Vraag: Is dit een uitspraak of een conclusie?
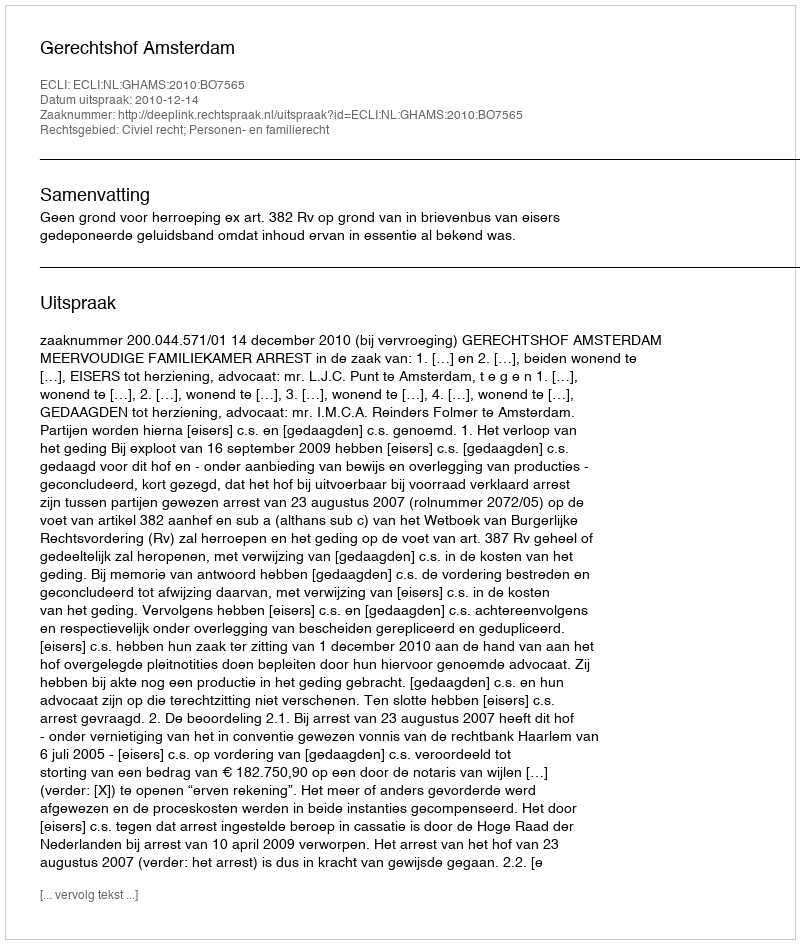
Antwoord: Uitspraak